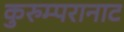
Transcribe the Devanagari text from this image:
कुरुम्परानाट